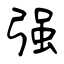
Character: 强